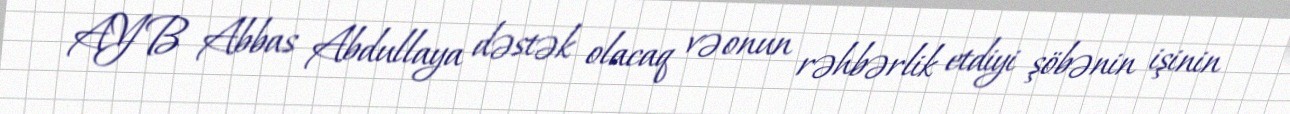
AYB Abbas Abdullaya dəstək olacaq və onun rəhbərlik etdiyi şöbənin işinin